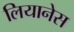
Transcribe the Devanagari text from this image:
लियानेस